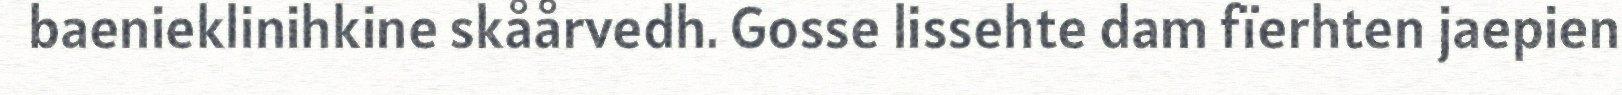
baenieklinihkine skåårvedh. Gosse lissehte dam fïerhten jaepien